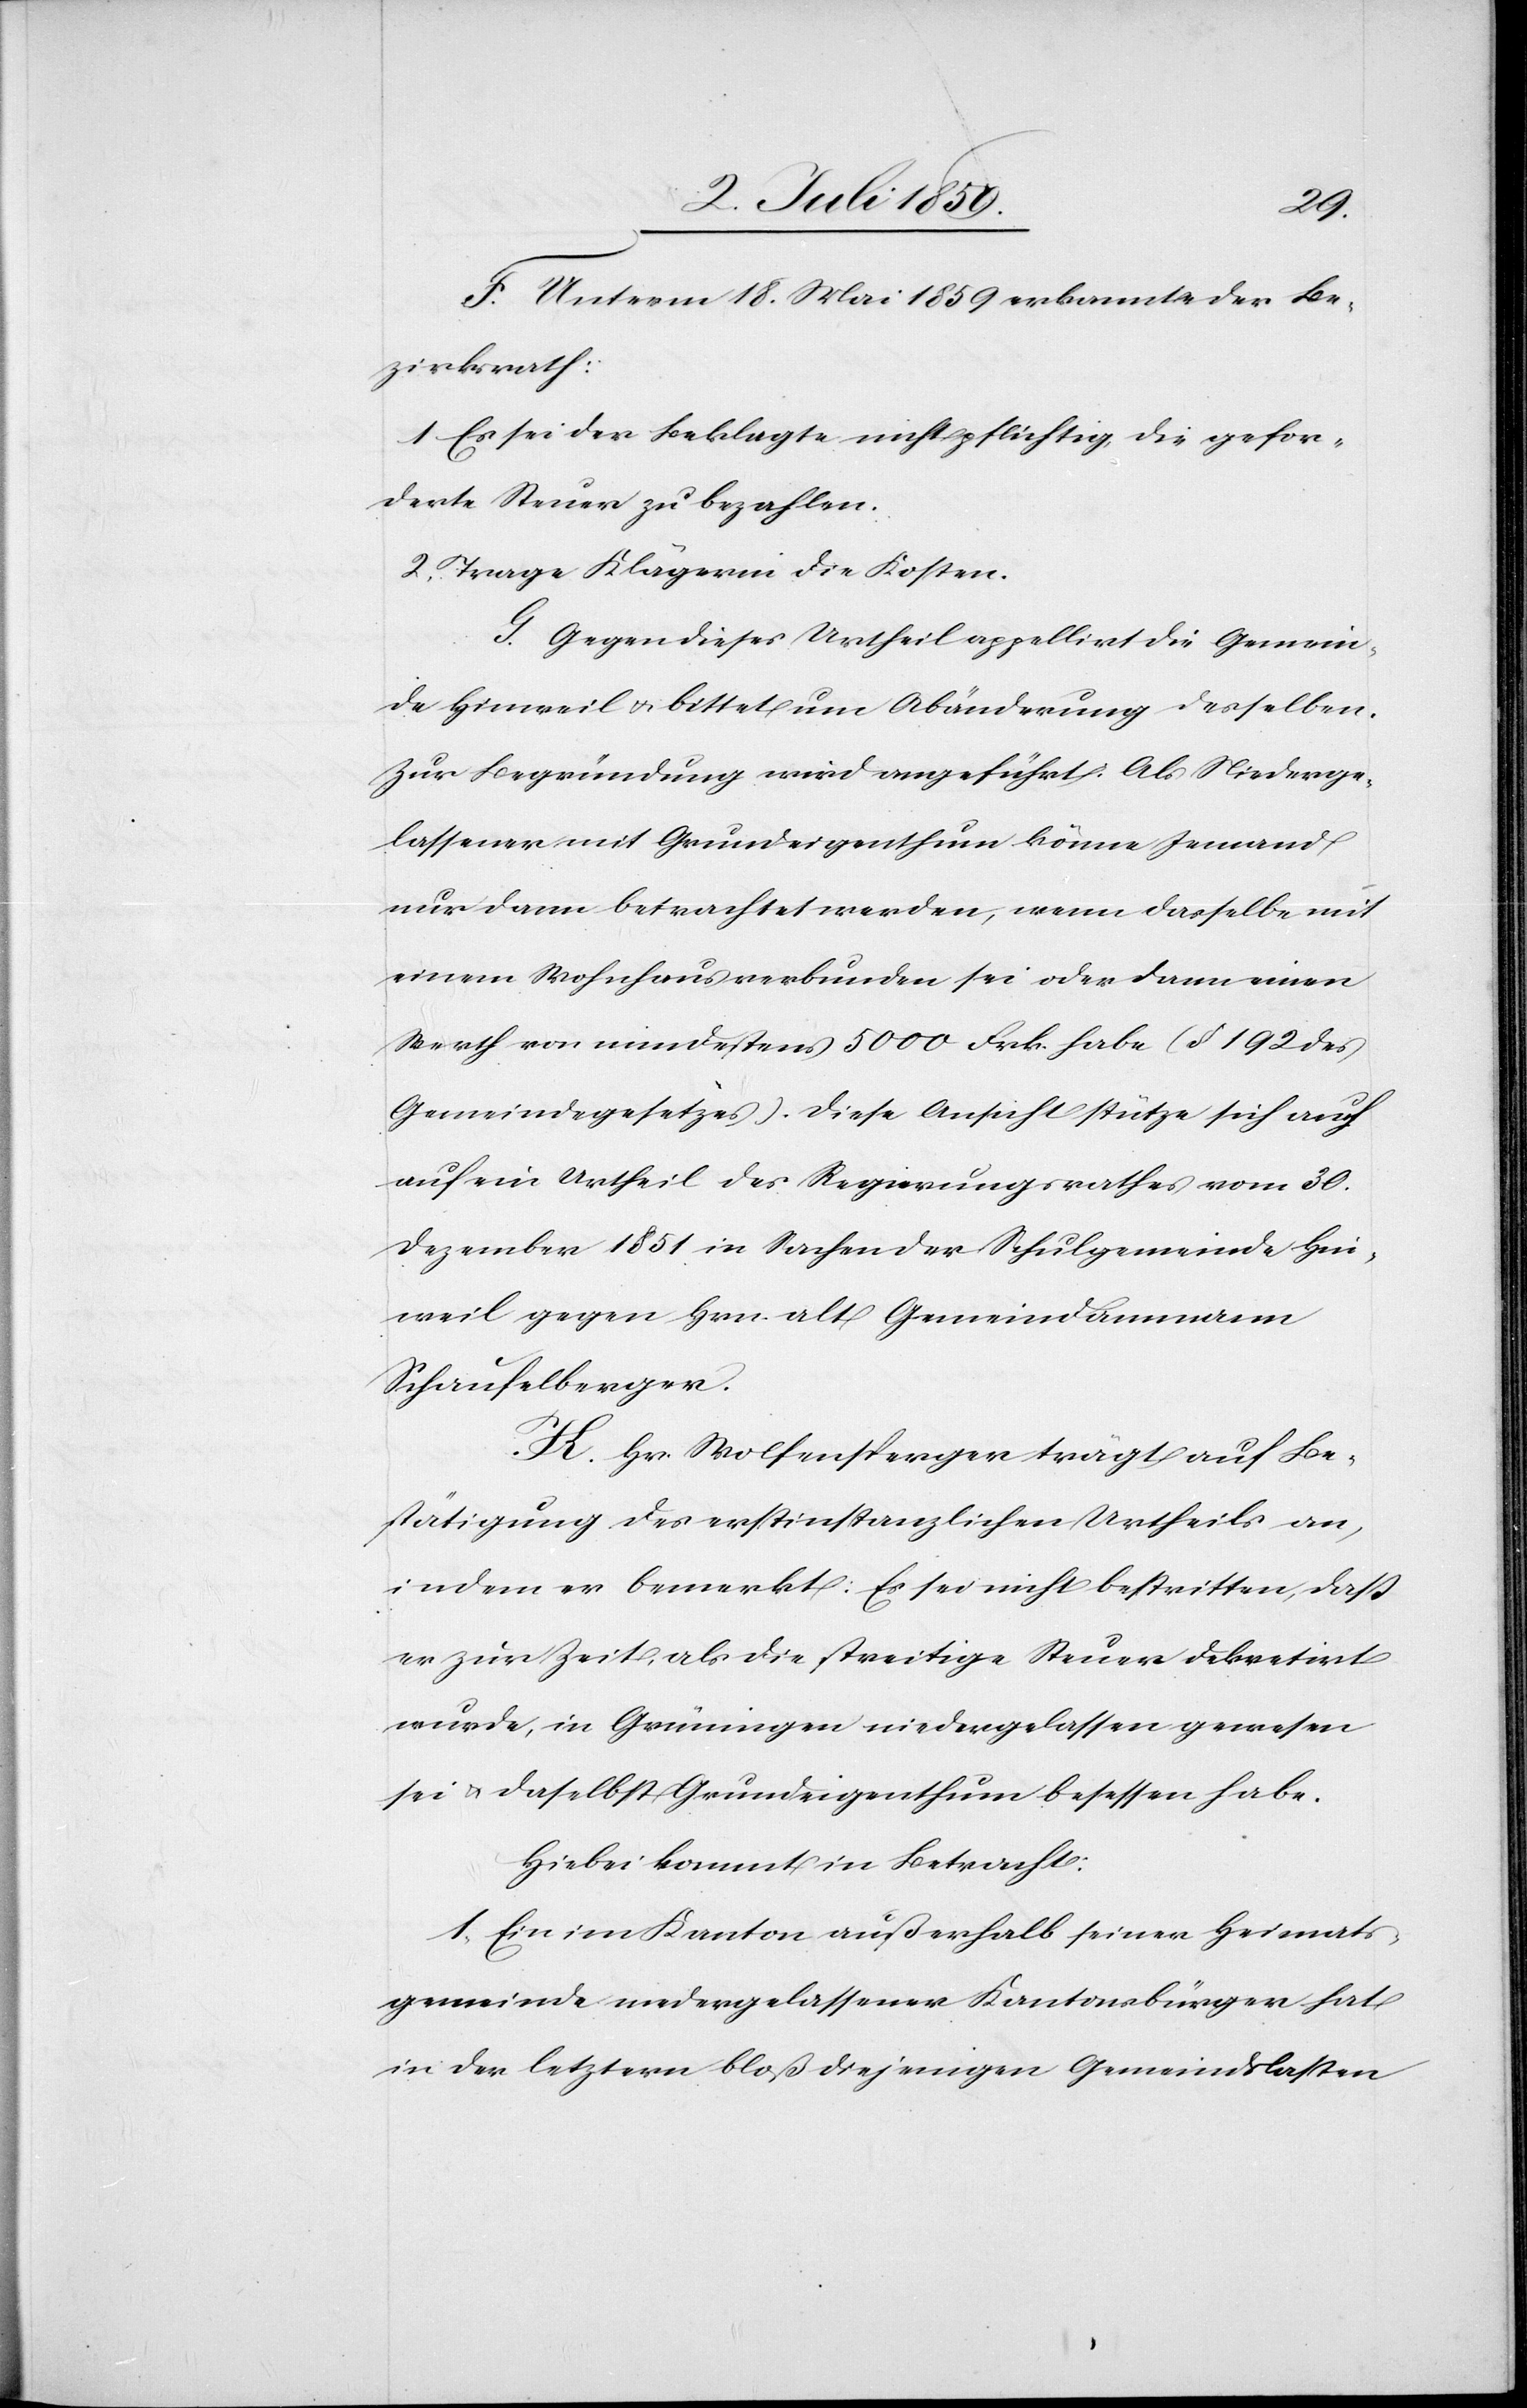
F. Unterm 18. Mai 1859 erkannte der Be¬
zirksrath:
1. Es sei der Beklagte nicht pflichtig, die gefor¬
derte Steuer zu bezahlen.
2. Trage Klägerin die Kosten.
G. Gegen dieses Urtheil appellirt die Gemein¬
de Hinweil u. bittet um Abänderung desselben.
Zur Begründung wird angeführt: Als Niederge¬
lassener mit Grundeigenthum könne Jemand
nur dann betrachtet werden, wenn dasselbe mit
einem Wohnhaus verbunden sei oder dann einen
Werth von mindestens 5000 Frk. habe (§ 192 des
Gemeindegesetzes). Diese Ansicht stütze sich auch
auf ein Urtheil des Regierungsrathes vom 30.
Dezember 1851 in Sachen der Schulgemeinde Hin¬
weil gegen Hrn. alt Gemeindammann
Schaufelberger.
H. Hr. Wolfensperger trägt auf Be¬
stätigung des erstinstanzlichen Urtheils an,
indem er bemerkt: Es sei nicht bestritten, daß
er zur Zeit, als die streitige Steuer dekretirt
wurde, in Grüningen niedergelassen gewesen
sei u. daselbst Grundeigenthum besessen habe.
Hiebei kommt in Betracht:
1. Ein im Kanton außerhalb seiner Heimats¬
gemeinde niedergelassener Kantonsbürger hat
in der letztern bloß diejenigen Gemeindlasten